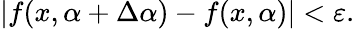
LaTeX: |f(x,\alpha+\Delta\alpha)-f(x,\alpha)|<\varepsilon.